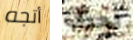
أتجه لحرق